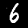
Digit: 6